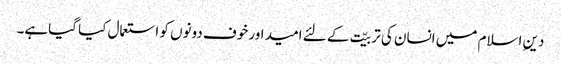
دینِ اسلام میں انسان کی تربیّت کے لئے امید اور خوف دونوں کو استعمال کیا گیاہے۔